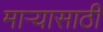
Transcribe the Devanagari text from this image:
माऱ्यासाठी